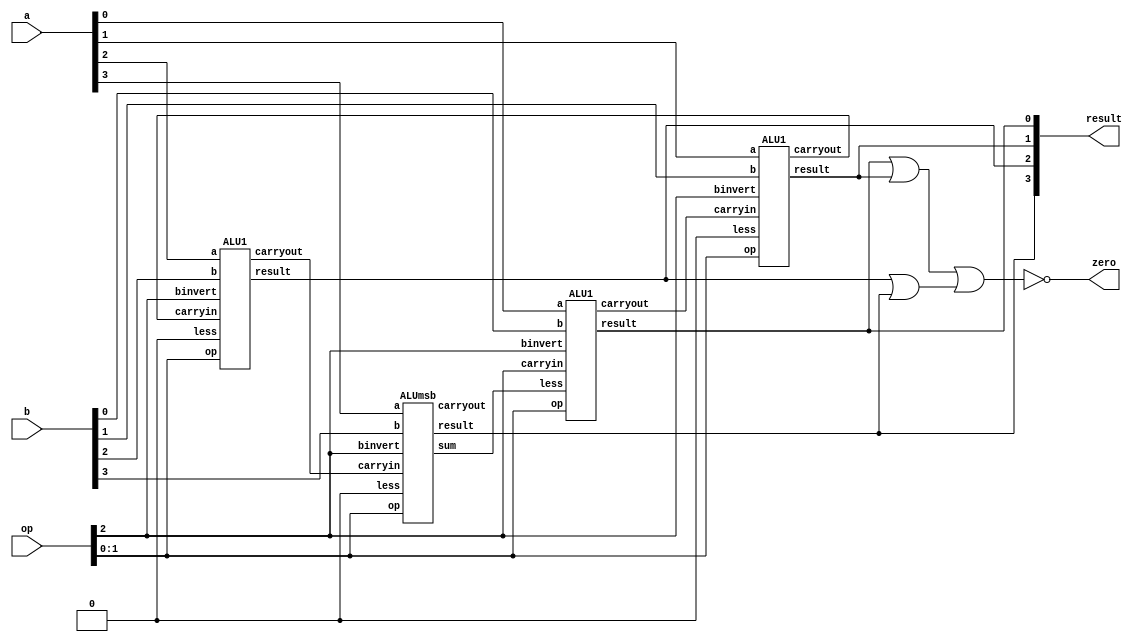
// Extra Credit.v

// DataPathProg2.vl

// 4-bit MIPS ALU in Verilog

module ALU (op,a,b,result,zero);
   input [3:0] a;
   input [3:0] b;
   input [2:0] op;
   output [3:0] result;
   output zero;
   wire c1,c2,c3,c4, set, or01, or23;

   ALU1   alu0 (a[0],b[0],op[2],op[1:0],set,   op[2],c1,result[0]);
   ALU1   alu1 (a[1],b[1],op[2],op[1:0],1'b0,  c1,   c2,result[1]);
   ALU1   alu2 (a[2],b[2],op[2],op[1:0],1'b0,  c2,   c3,result[2]);
   ALUmsb alu3 (a[3],b[3],op[2],op[1:0],1'b0,  c3,   c4,result[3],set);

   or or1(or01, result[0],result[1]);
   or or2(or23, result[2],result[3]);
   nor nor1(zero,or01,or23);

endmodule


// 1-bit ALU for bits 0-2

module ALU1 (a,b,binvert,op,less,carryin,carryout,result);
   input a,b,less,carryin,binvert;
   input [1:0] op;
   output carryout,result;
   wire sum, a_and_b, a_or_b, b_inv, b1;

   not not1(b_inv, b);
   mux2x1 mux1(b,b_inv,binvert,b1);
   and and1(a_and_b, a, b);
   or or1(a_or_b, a, b);
   fulladder adder1(sum,carryout,a,b1,carryin);
   mux4x1 mux2(a_and_b,a_or_b,sum,less,op[1:0],result);

endmodule


// 1-bit ALU for the most significant bit

module ALUmsb (a,b,binvert,op,less,carryin,carryout,result,sum);
   input a,b,less,carryin,binvert;
   input [1:0] op;
   output carryout,result,sum;
   wire sum, a_and_b, a_or_b, b_inv, b1;

   not not1(b_inv, b);
   mux2x1 mux1(b,b_inv,binvert,b1);
   and and1(a_and_b, a, b);
   or or1(a_or_b, a, b);
   fulladder adder1(sum,carryout,a,b1,carryin);
   mux4x1 mux2(a_and_b,a_or_b,sum,less,op[1:0],result);

endmodule


module halfadder (S,C,x,y);
   input x,y;
   output S,C;

   xor (S,x,y);
   and (C,x,y);
endmodule


module fulladder (S,C,x,y,z);
   input x,y,z;
   output S,C;
   wire S1,D1,D2;

   halfadder HA1 (S1,D1,x,y),
             HA2 (S,D2,S1,z);
   or g1(C,D2,D1);
endmodule


// main module: 16-bit ALU
// The paremeter has been modified to match with the one in "mips-r-type_addi.v":
// module alu (ALUctl, A, B, ALUOut, Zero);
//
// Although name is different, and underlining structure is same
module alu (op, a, b, sum, zero);
   // input
   input [15:0] a, b;
   input [2:0] op;
   // output
   output [15:0] sum;
   output zero;
   // wire
   wire set, wa, wb, wc, wd, c0, c1, c2;
   // wire: ignored these output
   wire ign[4:0];

   ALU4Combo alu0(sum[3:0],   wa, ign[0], c0,     op, op[2], set,  a[3:0],   b[3:0]);
   ALU4Combo alu1(sum[7:4],   wb, ign[2], c1,     op, c0,    1'b0, a[7:4],   b[7:4]);
   ALU4Combo alu2(sum[11:8],  wc, ign[3], c2,     op, c1,    1'b0, a[11:8],  b[11:8]);
   ALU4Combo alu3(sum[15:12], wd, set,    ign[4], op, c2,    1'b0, a[15:12], b[15:12]);

   // level 2
   nor nor0(zero, wa, wb, wc, wd);

endmodule //alu



// This 4bitALU is designed for combo into 4x bits ALU
// it can't be used alone.
module ALU4Combo (result, zero, sum, carryOut, op, carryIn, less, a, b);
   // input
   input [3:0] a, b;
   input [2:0] op;
   input carryIn, less;
   // output
   output [3:0] result;
   output carryOut, sum, zero;
   // wire
   wire c1, c2, c3, c4, or01, or23;

   ALU1   alu0 (a[0],b[0],op[2],op[1:0],less,carryIn,c1,result[0]);
   ALU1   alu1 (a[1],b[1],op[2],op[1:0],1'b0,c1,     c2,result[1]);
   ALU1   alu2 (a[2],b[2],op[2],op[1:0],1'b0,c2,     c3,result[2]);
   ALUmsb alu3 (a[3],b[3],op[2],op[1:0],1'b0,c3,     carryOut,result[3],sum);

   or or0(or01, result[0],result[1]);
   or or1(or23, result[2],result[3]);
   or or2(zero,or01,or23);

endmodule //4bitALU


// Simplified version of MIPS register file (4 registers, 1-bit data)

// For the project MIPS (4-registers, 16-bit data):
//  1. Change the D flip-flops with 16-bit registers
//  2. Redesign mux4x1 using gate-level modeling


// main module: regfile
// The paremeter has been modified to match with the one in "mips-r-type_addi.v":
// module reg_file (RR1,RR2,WR,WD,RegWrite,RD1,RD2,clock);
//
// Although name is different, and underlining structure is same
module reg_file (rr1,rr2,wr,wd,regwrite,rd1,rd2,clock);

   // input
   input [1:0] rr1,rr2,wr;
   input [15:0] wd;
   input regwrite,clock;
   // output
   output [15:0] rd1,rd2;
   // wire
   wire w0, w1, w2, w3,
        c1, c2, c3,
        regwrite_and_clock;
   wire [15:0] q1, q2, q3;


   // level 1
   decoder dec(wr[1],wr[0],w3,w2,w1,w0);
   and a0 (regwrite_and_clock,regwrite,clock);

   // level 2
   and a1 (c1,regwrite_and_clock,w1),
       a2 (c2,regwrite_and_clock,w2),
       a3 (c3,regwrite_and_clock,w3);

   // level 3
   Sixteen_D_flip_flops r1 (wd,c1,q1), // $1
                        r2 (wd,c2,q2), // $2
                        r3 (wd,c3,q3); // $3

   // level 4
   // changed to 16 bit 4x1 multiplexer instantiation. Stack 2 for rr1/rd1,
   // and rr2,rd2.
   mux4x1_16bit mux1 (16'b0,q1,q2,q3,rr1,rd1),
                mux2 (16'b0,q1,q2,q3,rr2,rd2);

endmodule


// Components

// 16-bit register
module Sixteen_D_flip_flops(D,CLK,Q);
  input[15:0] D; // 16 bit input
  input CLK; // clock
  output[15:0] Q; // 16 bit output
  // Instantiate 16 D_flip_flops here. (hierarchically for each bit)
  D_flip_flop D1(D[0],CLK,Q[0]),
              D2(D[1],CLK,Q[1]),
              D3(D[2],CLK,Q[2]),
              D4(D[3],CLK,Q[3]),
              D5(D[4],CLK,Q[4]),
              D6(D[5],CLK,Q[5]),
              D7(D[6],CLK,Q[6]),
              D8(D[7],CLK,Q[7]),
              D9(D[8],CLK,Q[8]),
              D10(D[9],CLK,Q[9]),
              D11(D[10],CLK,Q[10]),
              D12(D[11],CLK,Q[11]),
              D13(D[12],CLK,Q[12]),
              D14(D[13],CLK,Q[13]),
              D15(D[14],CLK,Q[14]),
              D16(D[15],CLK,Q[15]);
endmodule

module D_flip_flop(D,CLK,Q);
   input D,CLK;
   output Q;
   wire CLK1, Y;
   not  not1 (CLK1,CLK);
   D_latch D1(D,CLK, Y),
           D2(Y,CLK1,Q);
endmodule

module D_latch(D,C,Q);
   input D,C;
   output Q;
   wire x,y,D1,Q1;
   nand nand1 (x,D, C),
        nand2 (y,D1,C),
        nand3 (Q,x,Q1),
        nand4 (Q1,y,Q);
   not  not1  (D1,D);
endmodule

// 2 to 4 decoder
module decoder (S1,S0,D3,D2,D1,D0);
   input S0,S1;
   output D0,D1,D2,D3;

   not n1 (notS0,S0),
       n2 (notS1,S1);

   and a0 (D0,notS1,notS0),
       a1 (D1,notS1,   S0),
       a2 (D2,   S1,notS0),
       a3 (D3,   S1,   S0);
endmodule


// 2 to 1 multiplexer
module mux2x1(A,B,select,OUT);
   input A,B,select;
   output OUT;
   wire wX, wY, wZ;

   // level 1
   not not0(wX, select);

   // level 2
   and and0(wY, wX, A);
   and and1(wZ, select, B);

   // level 3
   or or0(OUT, wY, wZ);

   //reg OUT;
   //always @ (select or A or B)
         //if (select == 0) OUT = A;
         //else OUT = B;
endmodule

// 4-bit 2 to 1 multiplexer
module mux2x1_4bit(A, B, select, OUT);
   input [3:0] A, B;
   input select;
   output [3:0] OUT;

   // 2 to 1 multiplexer
   mux2x1 mux0(A[0], B[0], select, OUT[0]);
   mux2x1 mux1(A[1], B[1], select, OUT[1]);
   mux2x1 mux2(A[2], B[2], select, OUT[2]);
   mux2x1 mux3(A[3], B[3], select, OUT[3]);

endmodule //mux2x1_4bit

// 16-bit 2 to 1 multiplexer
module mux2x1_16bit(A, B, select, OUT);
   input [15:0] A, B;
   input select;
   output [15:0] OUT;

   // 2 to 1 multiplexer
   mux2x1_4bit mux0(A[3:0],   B[3:0],   select, OUT[3:0]);
   mux2x1_4bit mux1(A[7:4],   B[7:4],   select, OUT[7:4]);
   mux2x1_4bit mux2(A[11:8],  B[11:8],  select, OUT[11:8]);
   mux2x1_4bit mux3(A[15:12], B[15:12], select, OUT[15:12]);

endmodule //mux2x1_4bit

// 4 to 1 multiplexer
module mux4x1(i0,i1,i2,i3,select,y);
   input i0,i1,i2,i3;
   input [1:0] select;
   output y;
   wire InvertS0, InvertS1, wa, wb, wc, wd;

   // level 1
   not not0(InvertS0, select[0]);
   not not1(InvertS1, select[1]);

   // level 2
   and and0(wa, i0, InvertS1, InvertS0);
   and and1(wb, i1, InvertS1, select[0]);
   and and2(wc, i2, select[1], InvertS0);
   and and3(wd, i3, select[1], select[0]);

   // level 3
   or or0(y, wa, wb, wc, wd);

endmodule

// 4 bit 4x1 multiplexer implemented by using 4 4x1 1bit multiplexers
// for each bit.
module mux4x1_4bit(i0,i1,i2,i3,select,y);
    input [3:0] i0,i1,i2,i3; // 4 bit input
    input [1:0] select; // 2 select inputs
    output [3:0] y; // 4 bit output

    //instantiate the 4x1 MUX
    mux4x1 mux0(i0[0],i1[0],i2[0],i3[0],select,y[0]),
           mux1(i0[1],i1[1],i2[1],i3[1],select,y[1]),
           mux2(i0[2],i1[2],i2[2],i3[2],select,y[2]),
           mux3(i0[3],i1[3],i2[3],i3[3],select,y[3]);

endmodule

// 16 bit 4x1 multiplexer implemented by using 4 4-bit 4x1 multiplexers
// for each 4 bits.
module mux4x1_16bit(i0,i1,i2,i3,select,y);
    input [15:0] i0,i1,i2,i3; // 16 bit inputs
    input [1:0] select; // 2 select inputs
    output [15:0] y; // 16 bit outputs


    //instantiate the 4x1 MUX
    mux4x1_4bit mux0(i0[3:0],i1[3:0],i2[3:0],i3[3:0],select,y[3:0]),
                mux1(i0[7:4],i1[7:4],i2[7:4],i3[7:4],select,y[7:4]),
                mux2(i0[11:8],i1[11:8],i2[11:8],i3[11:8],select,y[11:8]),
                mux3(i0[15:12],i1[15:12],i2[15:12],i3[15:12],select,y[15:12]);
endmodule

// Input [15:12] of instruction
// Output 10 bits: RegDst, ALUsrc, MemtoReg, RegWrite, MemWrite, Branch[1:0], ALUControl[2:0]
module MainControl (Op,Control);

  input [3:0] Op;
  output reg [9:0] Control;

  always @(Op) case (Op)
    4'b0000: Control <= 10'b1001000010; // ADD
    4'b0001: Control <= 10'b1001000110; // SUB
    4'b0010: Control <= 10'b1001000000; // AND
    4'b0011: Control <= 10'b1001000001; // OR
    4'b0100: Control <= 10'b0101000010; // ADDI
    4'b0111: Control <= 10'b1001000111; // SLT
    4'b1000: Control <= 10'b0000010110; // BEQ
    4'b1001: Control <= 10'b0000001110; // BNE
    4'b1010: Control <= 10'b0000011110; // Jump
    4'b0101: Control <= 10'b0111000010; // LW
    4'b0110: Control <= 10'b0100100010; // SW
  endcase

endmodule

// BranchControl
module BranchControl(BRANCH,ZERO,OUT);

  input[1:0] BRANCH;
  input ZERO; 
  output[1:0] OUT;

  not n1(n1o,BRANCH[0]),
  	  n2(n2o,BRANCH[1]),
  	  n3(n3o,ZERO);
  and a1(a1o,BRANCH[1],n10,ZERO),
  	  a2(a2o,n2o,BRANCH[0],n3o),
  	  a3(a3o,BRANCH[0],BRANCH[1],n3o),
  	  a4(a4o,BRANCH[0],BRANCH[1],ZERO);
  or  o1(OUT[0],a1o,a2o),
  	  o2(OUT[1],a3o,a4o);

endmodule

// Main CPU: contains instruction, Sign Extender,
// 2 multiplexer, MainControl (also serve as ALU Control)
module CPU (clock,WD,IR,PC);

  input clock;
  output [15:0] WD,IR,PC;
  // Program Counter
  reg[15:0] PC;
  // Instruction Memory
  reg[15:0] IMemory[0:1023];
  // Data Memory
  reg[15:0] DMemory[0:1023];
  wire [15:0] IR,NextPC,A,B,ALUOut,RD2,SignExtend,PCplus2,Target;
  wire [1:0] Branch;
  wire [2:0] ALUctl;
  wire [1:0] WR;
  wire [15:0] WD;
  wire [1:0]BranchSelect;
  wire Unused; // unused output


// Test Program:
  initial begin

  // Program: swap memory cells and compute absolute value
    IMemory[0] = 16'b0101_00_01_00000000;  // lw $1, 0($0) = 5
    IMemory[1] = 16'b0101_00_10_00000010;  // lw $2, 2($0) = 7
    IMemory[2] = 16'b0111_01_10_11_000000; // slt $3, $1, $2 = (set on less than if true)
    IMemory[3] = 16'b1001_11_11_00000001; // bne $3, $3, 1 = (branch on equal) 6+2+(1*2) == PC 10 Does not take!
    IMemory[4] = 16'b1000_11_11_00000001; // beq $3, $3, 1 = (branch on equal) 8+2+(1*2) == PC 12 Takes!
    IMemory[5] = 16'b0110_00_01_00000010;  // sw $1, 2($0) 
    IMemory[6] = 16'b1010_000000001000; // Jump to Instruction 8 or PC = 8*2 = 16
    IMemory[7] = 16'b0110_00_10_00000000;  // sw $2, 0($0)
    IMemory[8] = 16'b0111_10_01_11_000000; // slt $3, $2, $1 = (set on less than if true)
    IMemory[9] = 16'b1000_11_10_00000001; // beq $3, $2, 1 = (branch on equal) 18+2+(1*2) == PC 22 Does not take!
    IMemory[10] = 16'b1001_11_10_00000001; // bne $3, $2, 1 = (branch on equal) 20+2+(1*2) == PC 24 Takes!
    IMemory[11] = 16'b0101_00_01_00000000;  // lw $1, 0($0)
    IMemory[12] = 16'b0101_00_10_00000010;  // lw $2, 2($0)
    IMemory[13] = 16'b0001_01_10_01_000000; // sub $1, $1, $2 // 5-7 = -2


    // Data
    DMemory [0] = 16'h5; // swap the cells and see how the simulation output changes
    DMemory [1] = 16'h7;
  end

  initial PC = 0; // Get the first instruction

  assign IR = IMemory[PC>>1]; // increment by shifting right once.
  assign SignExtend = {{8{IR[7]}},IR[7:0]}; // sign extension unit
  reg_file rf (IR[11:10], IR[9:8], WR, WD, RegWrite, A, RD2, clock); // register file
  alu fetch (3'd2, PC, 16'd2, PCplus2, Unused); // fetch the next instruction
  alu ex (ALUctl, A, B, ALUOut, Zero);  // main ALU
  alu branch (3'd2,SignExtend<<1,PCplus2,Target,Unused2); // Branch ALU
  MainControl MainCtr (IR[15:12],{RegDst,ALUSrc,MemtoReg,RegWrite,MemWrite,Branch,ALUctl}); // Main Control
  assign WR = (RegDst) ? IR[7:6]: IR[9:8]; // RegDst Mux
  mux2x1_16bit DMemMux(ALUOut, DMemory[ALUOut>>1], MemtoReg, WD); // Data Memory Mux --> WD
  assign B  = (ALUSrc) ? SignExtend: RD2; // ALUSrc Mux
  BranchControl branchCtrl(Branch,Zero,BranchSelect); // Branch Control --> BranchSelect
  mux4x1_16bit BranchMux(PCplus2,Target,{PCplus2[15:12],IR[11:0]<<1},16'b0,BranchSelect,NextPC); // Branch ALU multiplexer;

  always @(negedge clock) begin
    PC <= NextPC;
  end

endmodule

// Test module

module test ();

  reg clock;
  wire signed [15:0] WD,IR,PC;

  CPU test_cpu(clock,WD,IR,PC);

  always #1 clock = ~clock;

  initial begin
    $display ("time PC  clock  IR                  WD");
    $monitor ("%2d  %2d   %b      %b %d", $time,PC,clock,IR,WD);
    clock = 1;
    #24 $finish;
  end

endmodule